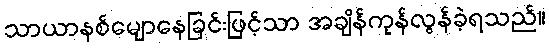
သာယာနစ်မျောနေခြင်းဖြင့်သာ အချိန်ကုန်လွန်ခဲ့ရသည်။